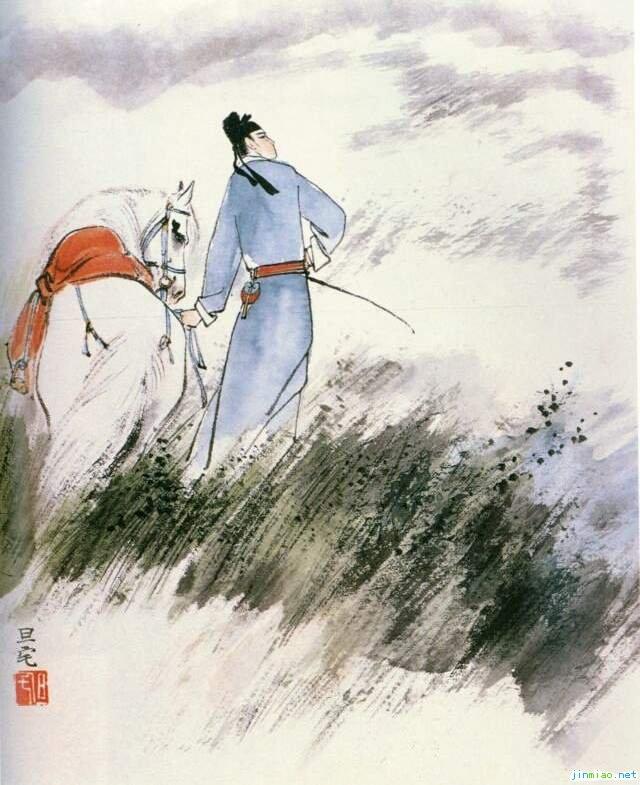
昔时人已没，今日水犹寒。